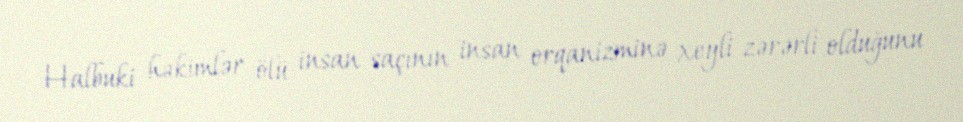
Halbuki həkimlər ölü insan saçının insan orqanizminə xeyli zərərli olduğunu